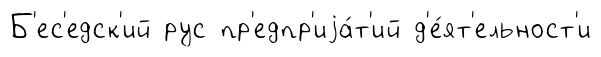
Б'ес'едск'ий рус пр'едпр'иjа́т'ий д'е́ят'ельност'и